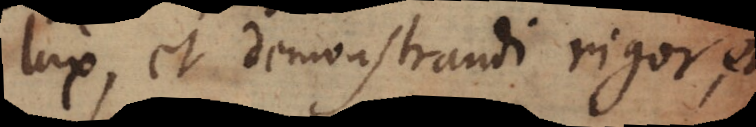
lux, et demonstrandi rigor, et